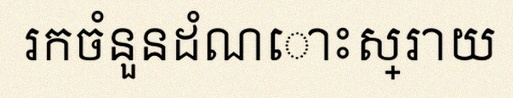
រកចំនួនដំណោះស្រាយ